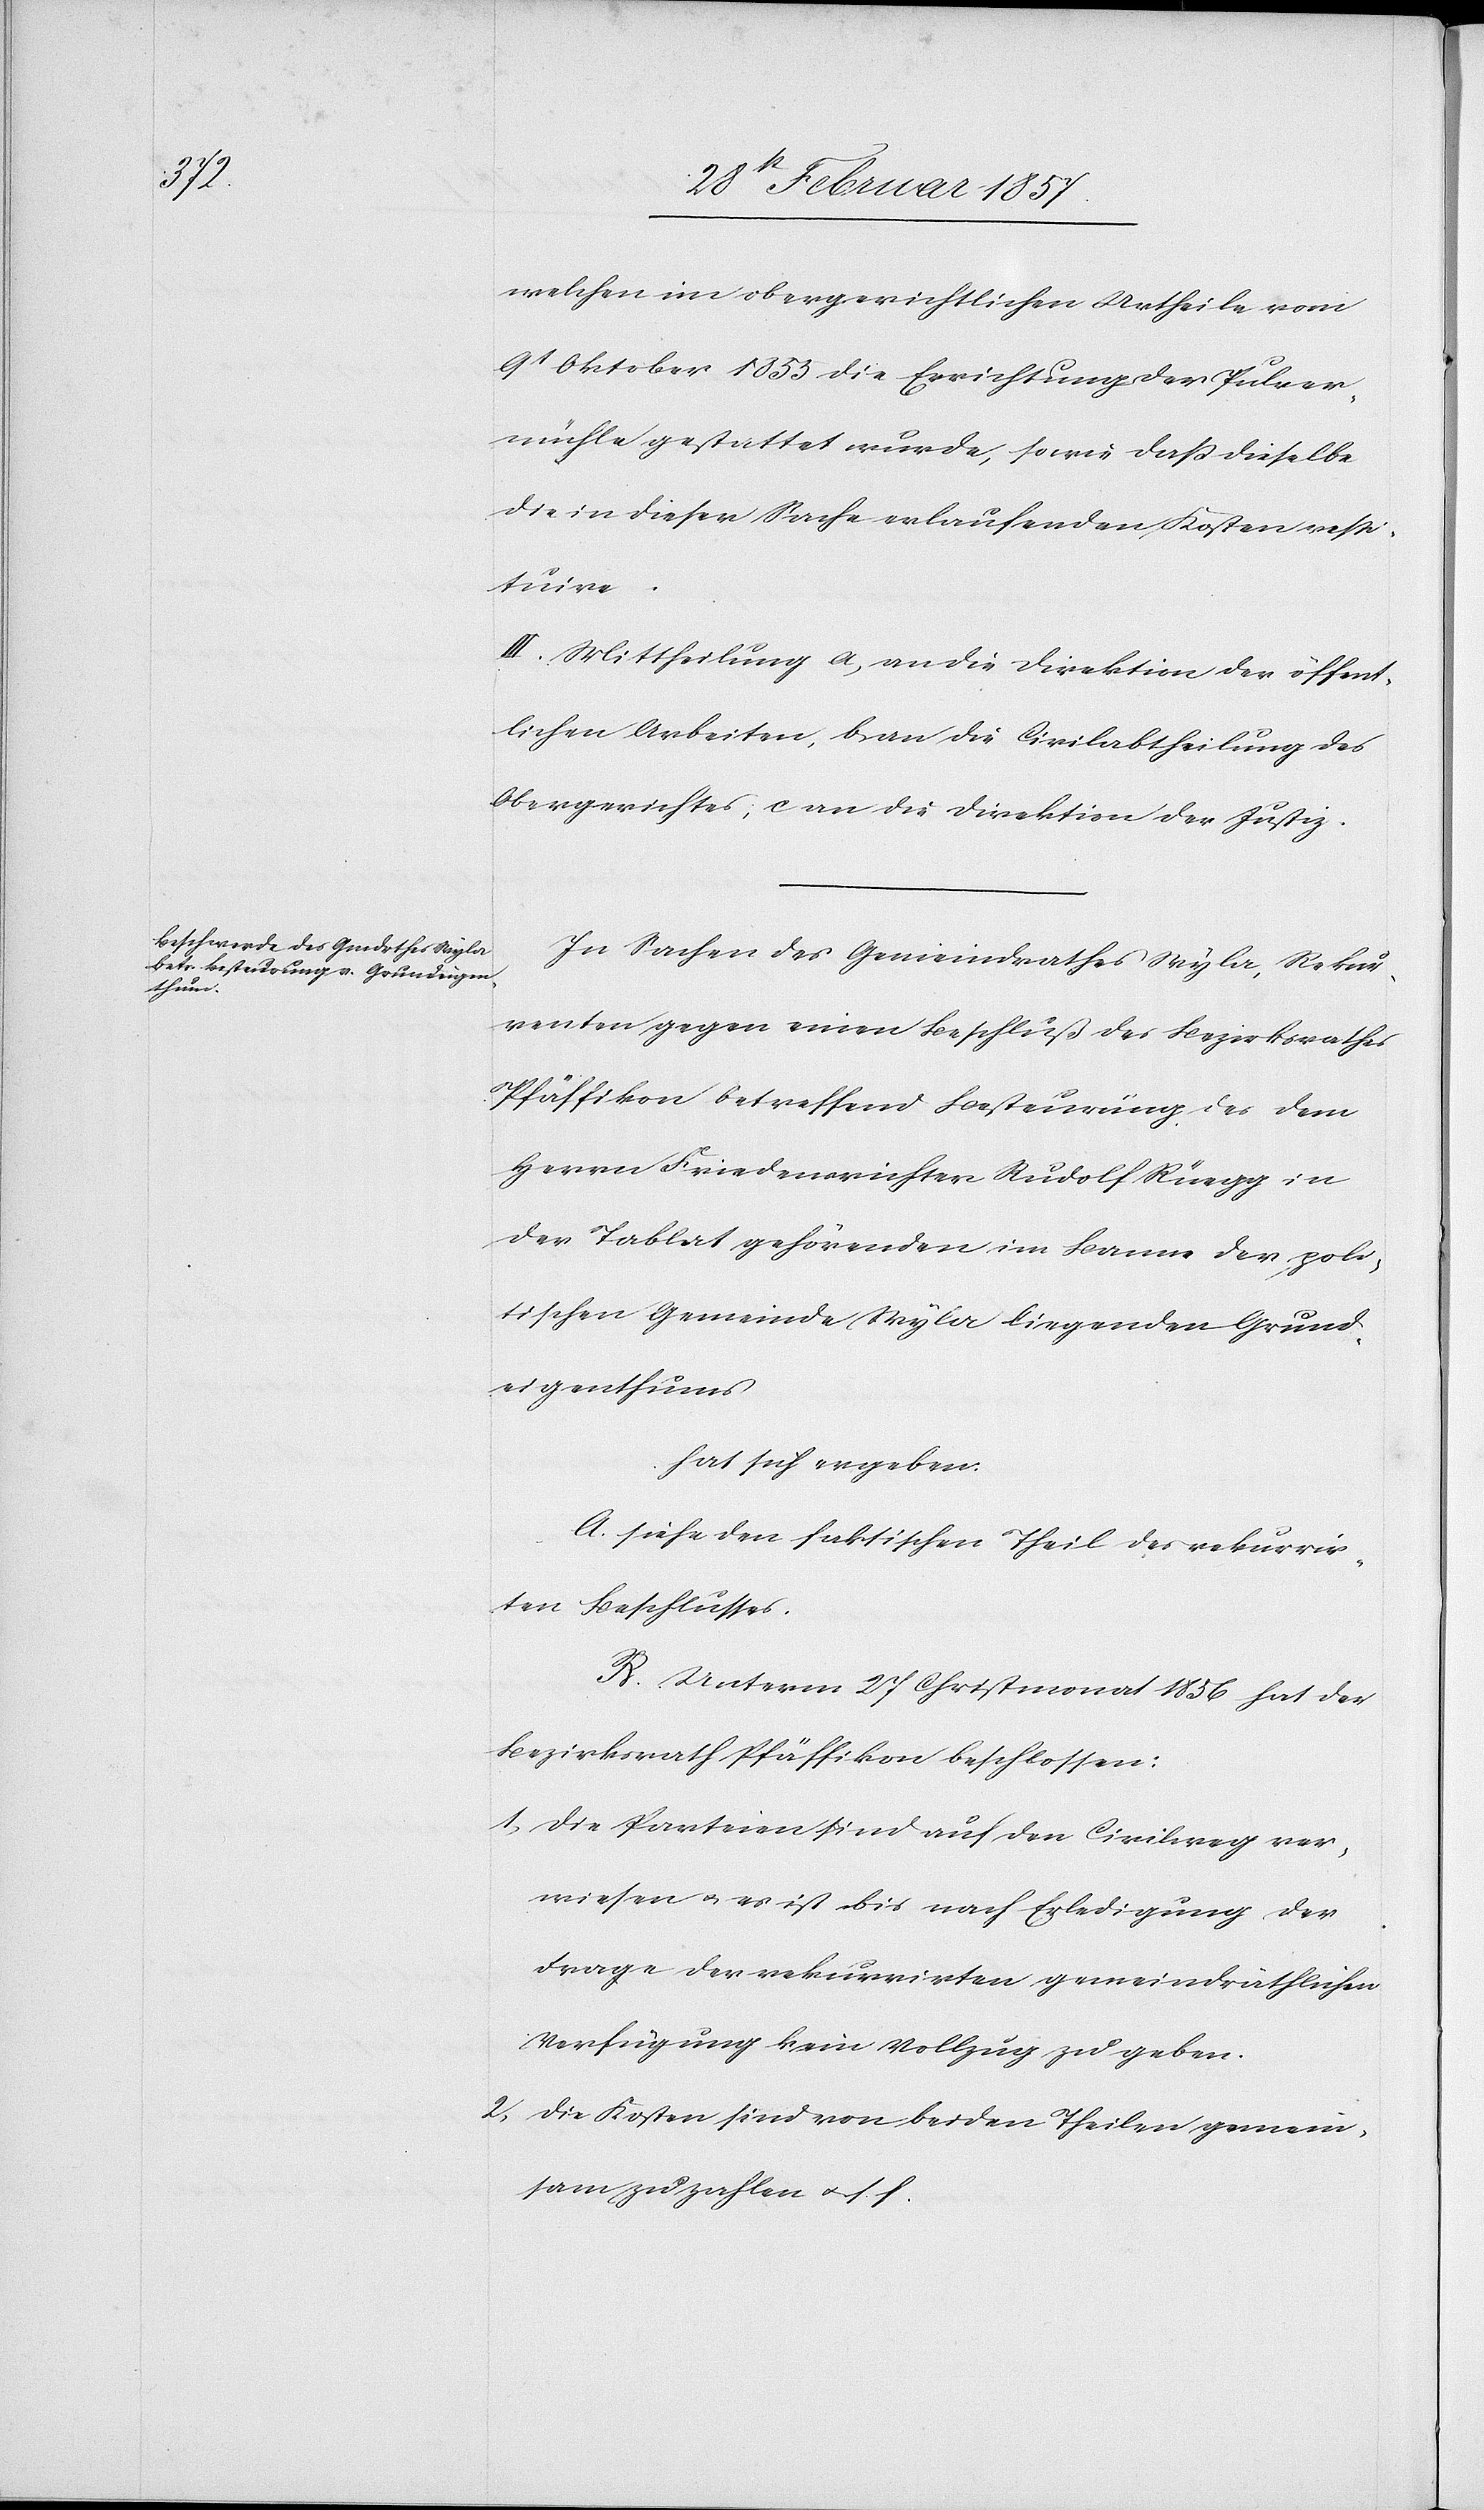
welchen im obergerichtlichen Urtheile vom
9t Oktober 1853 die Errichtung der Pulver¬
mühle gestattet wurde, sowie daß dieselbe
die in dieser Sache erlaufenden Kosten res¬
tituire.
III. Mittheilung a. an die Direktion der öffent¬
lichen Arbeiten, b. an die Civilabtheilung des
Obergerichtes; c. an die Direktion der Justiz.
In Sachen des Gemeindrathes Wyla, Rekur¬
renten gegen einen Beschluß des Bezirksrathes
Pfäffikon betreffend Besteurung des dem
Herrn Friedensrichter Rudolf Rüegg in
der Tablat gehörenden im Banne der poli¬
tischen Gemeinde Wyla liegenden Grund¬
eigenthums
hat sich ergeben:
A. siehe den faktischen Theil des rekurrir¬
ten Beschlusses.
B. Unterm 27 Christmonat 1856 hat der
Bezirksrath Pfäffikon beschlossen:
1. Die Parteien sind auf den Civilweg zu ver¬
weisen u. es ist bis nach Erledigung der
Frage der rekurrirten gemeindräthlichen
Verfügung kein Vollzug zu geben.
2. Die Kosten sind von beiden Theilen gemein¬
sam zu zahlen u. s. f.